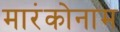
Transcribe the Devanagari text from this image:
मारंकोनाम